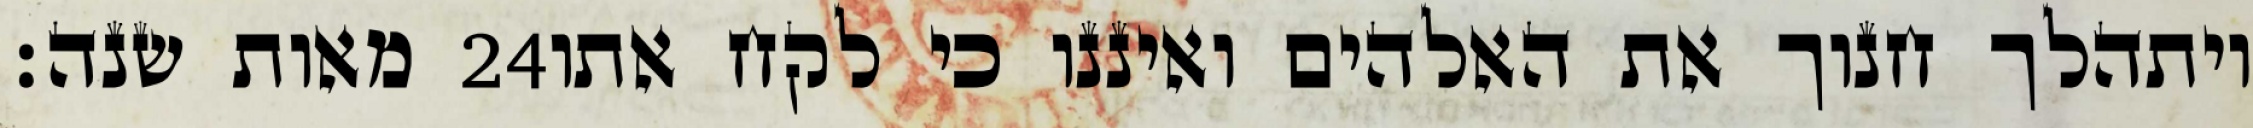
מאות שנה׃ ‎24‏ ויתהלך חנוך את האלהים ואיננו כי לקח אתו